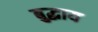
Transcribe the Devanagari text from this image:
बुद्धाय